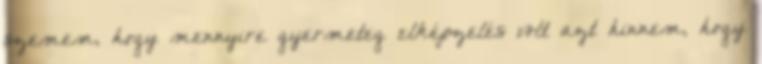
szemem, hogy mennyire gyermeteg elképzelés volt azt hinnem, hogy